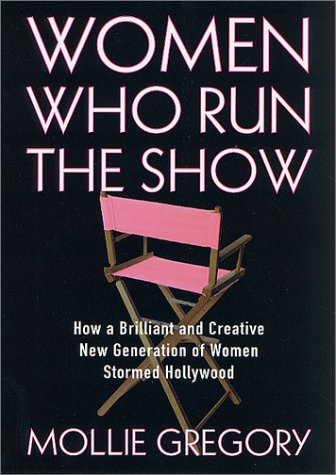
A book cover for Women Who Run the Show: How a Brilliant and Creative New Generation of Women Stormed Hollywood, 1973-2000; Mollie Gregory; Politics & Social Sciences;